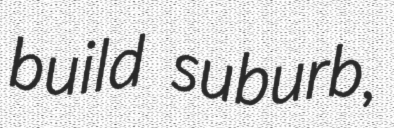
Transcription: build suburb,